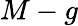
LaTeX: M-g